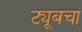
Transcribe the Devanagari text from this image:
ट्यूबचा